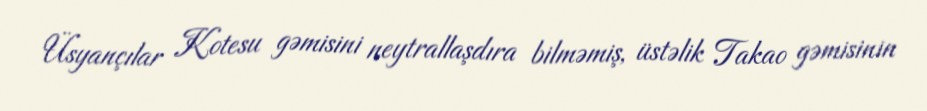
Üsyançılar Kotesu gəmisini neytrallaşdıra bilməmiş, üstəlik Takao gəmisinin